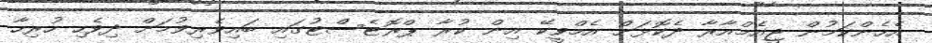
އެހެންކަމުން ޖީއެމްއާރާ ދެކޮޅަށް އެމްވީކޭ އިން ކުރާ ޕްރޮޓެސްޓުގައި ބައިވެރިވުމަށް ދިވެހި ހުރިހާ